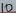
Text: 10